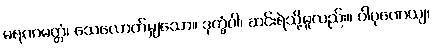
မရဏမတ္တံ၊ သေလောက်မျှသော။ ဒုက္ခံဝါ၊ ဆင်းရဲသို့မူလည်း။ ပါပုဏေယျ၊